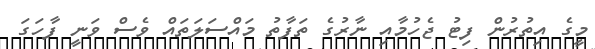
މީގެ އިތުރުން ފިޓު ޖެހުމާއި ނާރުގެ ތަފާތު މައްސަލަތައް ވެސް ވަނީ ފާހަގަ